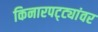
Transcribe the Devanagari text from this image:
किनारपट्ट्यांवर